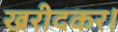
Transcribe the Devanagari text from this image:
खरीदकर।